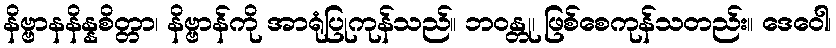
နိဗ္ဗာနနိန္နစိတ္တာ၊ နိဗ္ဗာန်ကို အာရုံပြုကုန်သည်။ ဘဝန္တု၊ ဖြစ်စေကုန်သတည်း။ ဒေဝေါ၊